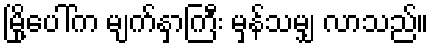
မြို့ပေါ်က မျက်နှာကြီး မှန်သမျှ လာသည်။